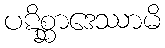
ပဋိစ္ဆာဒေဿာမိ